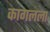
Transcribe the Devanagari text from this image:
कागलला